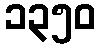
၁၃၅၀